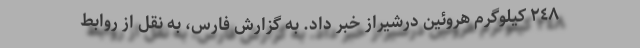
٢٤٨ کیلوگرم هروئین درشیراز خبر داد. به گزارش فارس، به نقل از روابط